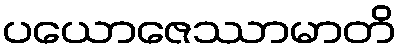
ပယောဇေဿာမာတိ